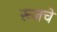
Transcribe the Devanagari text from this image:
रूजचे